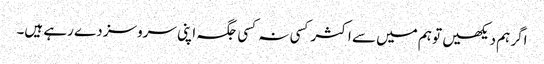
اگر ہم دیکھیں تو ہم میں سے اکثر کسی نہ کسی جگہ اپنی سروسز دے رہے ہیں۔